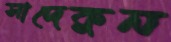
সাদেকুন